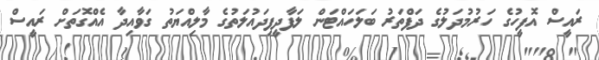
ރައީސް އޮފީހުގެ ހަރުމުދަލުގެ ދަފްތަރު ބަލަހައްޓަން ލަފާދީފިދައުލަތުގެ މާލިއްޔަތު ގަވާއިދާ އެއްގޮތަށް ރައީސް